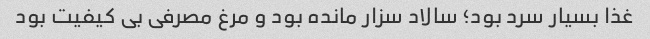
غذا بسیار سرد بود؛ سالاد سزار مانده بود و مرغ مصرفی بی کیفیت بود